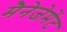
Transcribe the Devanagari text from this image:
मैनेजेमेंट